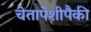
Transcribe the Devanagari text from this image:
चेतापेशीपैकी